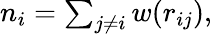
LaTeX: \begin{array}{r}{n_{i}=\sum_{j\neq i}w(r_{ij}),}\end{array}